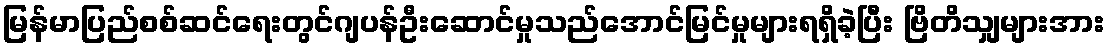
မြန်မာပြည်စစ်ဆင်ရေးတွင်ဂျပန်ဦးဆောင်မှုသည်အောင်မြင်မှုများရရှိခဲ့ပြီး ဗြိတိသျှများအား